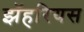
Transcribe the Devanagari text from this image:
झॅहरियस